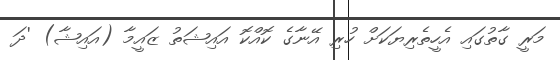
މަރީ ގާތުގައި އެހީތެރިޔަކަށް ހުރި އޭނާގެ ކޮއްކޮ އައިޝަތު ޒައީމާ (އައިޝާ) 'ދަ